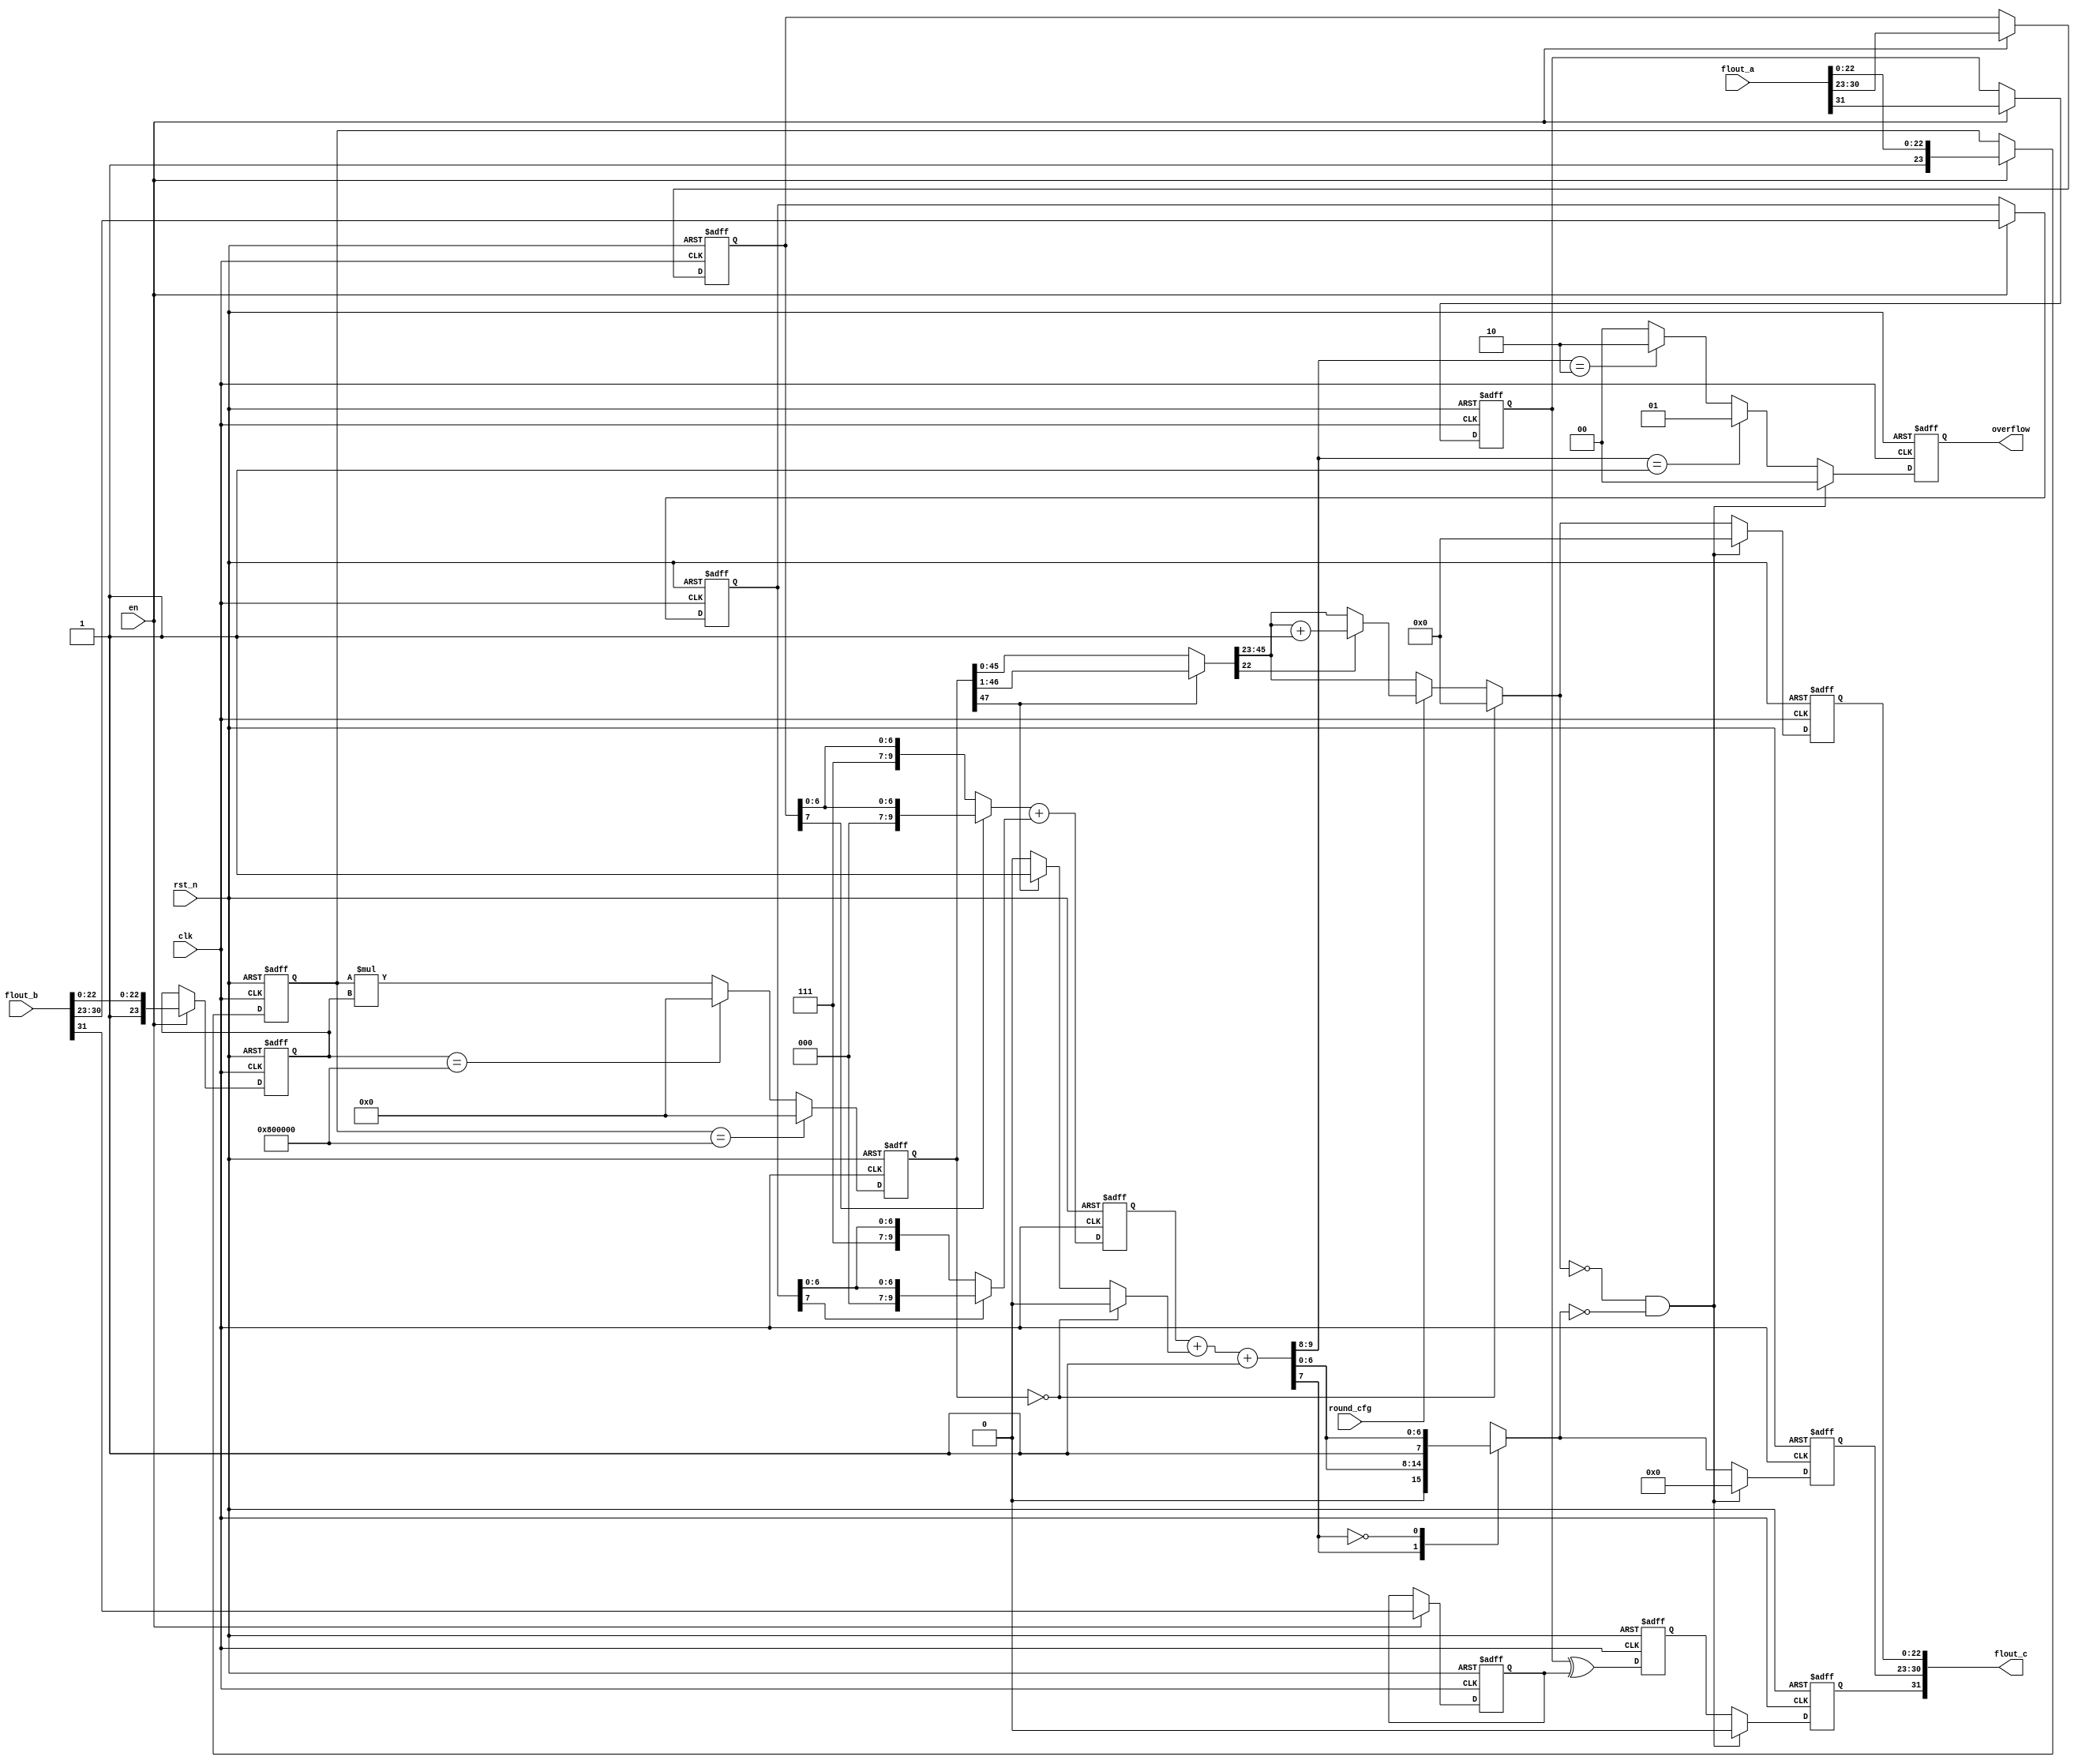
//-----------------------------------------------------------------------------------------------
//   Copyright         :        
//   File Name         :        Two-stage pipeline single-precision floating-point multiplier
//   Module Name       :        float_mul
//   Create            :        2020.11.19
//   Revise            :        2021.12.17
//   Fuction           :        (IEEE Standard)
//-----------------------------------------------------------------------------------------------

module float_mul(flout_a,flout_b,clk,en,rst_n,round_cfg,flout_c,overflow); 
 input              clk;                        // 
 input              en;                         // ;
 input              rst_n;                      // 
 input              round_cfg;                  // 0chopping1 
 input      [31:0]  flout_a;                    // 
 input      [31:0]  flout_b;                    // 
 output reg [31:0]  flout_c;                    // 
 output reg [1:0]   overflow;                   // 

 reg            s1, s2;                     // 
 reg [7:0]      exp1, exp2;                 // 
 reg [23:0]     man1, man2;                 // 1
 reg            n;                          // 
 reg [9:0]      temp1, temp2, temp3;        // 
 reg [47:0]     mul_out_p;                  // 

 //-------'s''e''m'------------//
 //
 wire         one_s_out;
 wire [9:0]   one_e_out;
 reg  [47:0]  one_m_out;
 
 //
 reg        one_s_reg; 
 reg [9:0]  one_e_reg; 
 reg [47:0] one_m_reg;
 

 //
 reg [1:0]  two_f_out; //
 reg [7:0]  two_e_out; 
 reg [22:0] two_m_out; 

 //
 reg        two_s_reg;
 reg [1:0]  two_f_reg; //
 reg [7:0]  two_e_reg;
 reg [22:0] two_m_reg;

/*---------------flout_a ,,---------------------*/
always @(posedge clk or negedge rst_n) begin
   if (!rst_n) begin      //
      s1   <= 1'b0;
      exp1 <= 8'b0;
      man1 <= {1'b1, 23'b0};
   end
   else if (en) begin
      s1   <= flout_a[31];
      exp1 <= flout_a[30:23];
      man1 <= {1'b1, flout_a[22:0]};
   end
end
 
/*---------------flout_b ,,---------------------*/
always @(posedge clk or negedge rst_n) begin
   if (!rst_n) begin      //
      s2   <= 1'b0;
      exp2 <= 8'b0;
      man2 <= {1'b1, 23'b0};
   end
   else if (en) begin
      s2   <= flout_b[31];
      exp2 <= flout_b[30:23];
      man2 <= {1'b1, flout_b[22:0]};
   end
end

/*-----------------------------------------------------*/
//
assign one_s_out = s1 ^ s2;   //
 
//
always@(*) begin
   if (man1 == 24'b10000000000_0000000000000)
	   one_m_out = 48'b0;
	else if (man2 == 24'b10000000000_0000000000000)
	   one_m_out = 48'b0;
	else
	   one_m_out = man1 * man2;  //48
end

//,,
always@(*) begin
   //,00,11
   if (exp1[7] == 1)
      temp1 = {2'b00, 1'b0, exp1[6:0]};
   else 
	   temp1 = {2'b11, 1'b1, exp1[6:0]};
   if (exp2[7] == 1)
      temp2 = {2'b00, 1'b0, exp2[6:0]};
   else
	   temp2 = {2'b11, 1'b1, exp2[6:0]}; 
end

//
assign one_e_out[9:0] = temp1[9:0] + temp2[9:0];  

/*-----------------------------------------------------*/
always@(posedge clk or negedge rst_n) begin
   if (!rst_n) begin
       one_s_reg <= 1'b0;
	   one_e_reg <= 10'b0;
	   one_m_reg <= 48'b0;
   end
   else begin
       one_s_reg <= one_s_out;
	   one_e_reg <= one_e_out;
	   one_m_reg <= one_m_out;
   end
end

/*-----------------------------------------------------*/
//
always@(*) begin
   if (one_m_reg == 48'b0) begin  // 
       two_m_out =  23'b0;
       n  =  1'b0;
   end  
	else begin
		if (one_m_reg[47] == 1) begin      //n=1 +1
		    n  = 1'b1;                    // 1
			 mul_out_p = one_m_reg >> 1;  // 
	   end
	   else begin
			 n   = 1'b0;                  // 0
			 mul_out_p = one_m_reg;       // 
	   end

	   if (round_cfg == 1) begin          // 0chopping1 
		   if (mul_out_p[22] == 1)
			    two_m_out[22:0] = mul_out_p[45:23] + 1'b1;
			else
			    two_m_out[22:0] = mul_out_p[45:23];
	   end
		else  
         two_m_out[22:0] = mul_out_p[45:23];
   end
   // 0110
   temp3 = one_e_reg[9:0] + n + 1'b1;  // ,-128IEEE-12711
	if (temp3[9:8] == 2'b01)  
        two_f_out = 2'b01; //
   else if (temp3[9:8] == 2'b10)  
	    two_f_out = 2'b10; //
   else 
	    two_f_out = 2'b00; //
	//
   case(temp3[7])  
     1'b1 :  two_e_out = {1'b0,temp3[6:0]}; 
     1'b0 :  two_e_out = {1'b1,temp3[6:0]}; 
   endcase
end

/*-------------------------------------------------------*/
always@(posedge clk or negedge rst_n) begin
   if (!rst_n) begin
       two_s_reg <= 1'b0;
	   two_e_reg <= 8'b0;
	   two_m_reg <= 23'b0;
	   two_f_reg <= 2'b0;
   end
   else if ((two_m_out == 0) && (two_e_out == 0)) begin   //
	   two_s_reg <= 1'b0;
	   two_e_reg <= 8'b0;
	   two_m_reg <= 23'b0;
	   two_f_reg <= 2'b0;
	end
   else begin
       two_s_reg <= one_s_reg;          //
       two_f_reg <= two_f_out;          //
       two_e_reg <= two_e_out;          //exp
       two_m_reg <= two_m_out;          //
	end
end

//
always@(*) begin
	  flout_c  = {two_s_reg, two_e_reg[7:0], two_m_reg[22:0]};
	  overflow = two_f_reg;
end

endmodule